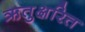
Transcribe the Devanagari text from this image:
ऋतुक्षरित